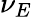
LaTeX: \nu_{E}